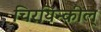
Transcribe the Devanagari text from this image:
चिरयिन्कील्